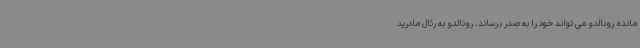
مانده رونالدو می تواند خود را به صدر برساند. رونالدو به رئال مادرید